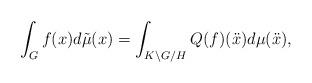
LaTeX: \begin{align*}\int_G f(x) d \tilde{\mu}(x)=\int_{K \backslash G /H} Q(f) (\ddot{x})d\mu (\ddot{x}),\end{align*}